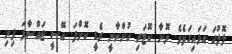
ލޮލުގަ އަޅައިގަތެވެ. ދޮނާ ކޮޓަރި ހުންނާނީ ރެޑީ ކޮށްފަ. އޭސީ ޖައްސާފަ ފިނި